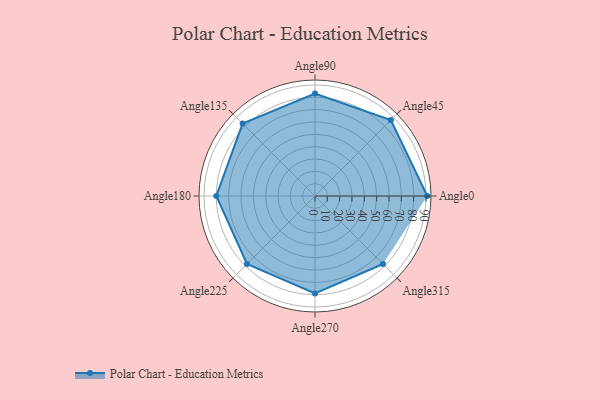
{"axis": {"x": "Angle", "y": "Radius"}, "legend": [""], "data": [{"x": "Angle0", "y": 91.0, "type": ""}, {"x": "Angle45", "y": 87.0, "type": ""}, {"x": "Angle90", "y": 83.0, "type": ""}, {"x": "Angle135", "y": 83.0, "type": ""}, {"x": "Angle180", "y": 80.0, "type": ""}, {"x": "Angle225", "y": 78.0, "type": ""}, {"x": "Angle270", "y": 79.0, "type": ""}, {"x": "Angle315", "y": 78.0, "type": ""}]}